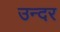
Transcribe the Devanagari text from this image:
उन्दर